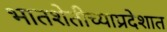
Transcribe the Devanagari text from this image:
भातशेतीच्याप्रदेशात